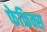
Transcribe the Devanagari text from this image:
फेकिक्स